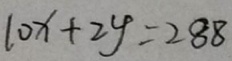
1 0 x + 2 y = 2 8 8